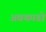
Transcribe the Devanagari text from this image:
अवकाडाे